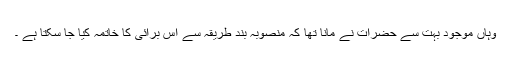
وہاں موجود بہت سے حضرات نے مانا تھا کہ منصوبہ بند طریقہ سے اس برائی کا خاتمہ کیا جا سکتا ہے ۔